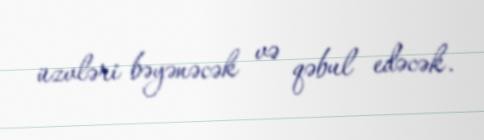
üzvləri bəyənəcək və qəbul edəcək.